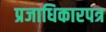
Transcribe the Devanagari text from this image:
प्रजाधिकारपत्र